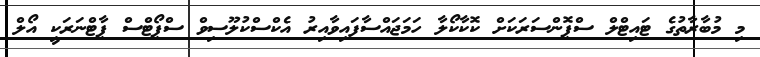
މި މުބާރާތުގެ ޓައިޓްލް ސްޕޮންސަރަކަށް ކޮކާކޯލާ ހަމަޖައްސާފައިވާއިރު އެކްސްކުލޫސިވް ސްޕޯޓްސް ޕާޓްނަރަކީ އޯލް